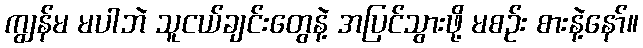
ကျွန်မ မပါဘဲ သူငယ်ချင်းတွေနဲ့ အပြင်သွားဖို့ မစဉ်း စားနဲ့နော်။